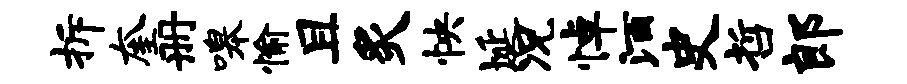
拆奎册嗥愉且炙怏埏况悼酒史哲郎